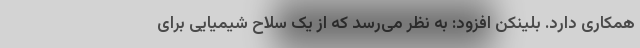
همکاری دارد. بلینکن افزود: به نظر می‌رسد که از یک سلاح شیمیایی برای